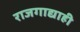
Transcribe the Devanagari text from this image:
राजगाद्याही